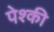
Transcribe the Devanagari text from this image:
पेश्की